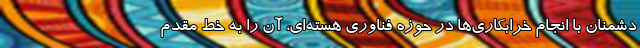
دشمنان با انجام خرابکاری‌ها در حوزه فناوری هسته‌ای، آن را به خط مقدم